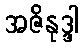
အဇိနုဒ္ဒါ